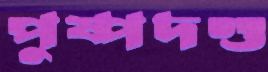
পুষ্পদণ্ড